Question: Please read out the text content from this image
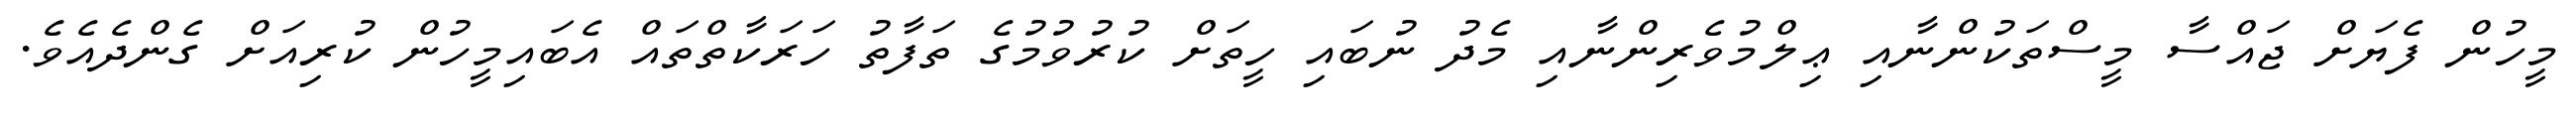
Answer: މީހުން ފެޔަށް ޖައްސާ މީސްތަކުންނާއި ޢިލްމުވެރިންނާއި މެދު ނުބައި ހީތަށް ކުރުވުމުގެ ތަފާތު ހަރަކާތްތައް އެބައިމީހުން ކުރިއަށް ގެންދެއެވެ.